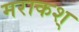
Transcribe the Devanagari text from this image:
मराकश्